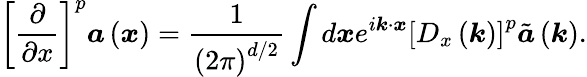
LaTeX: \left[\frac{\partial}{\partial x}\right]^{p}\boldsymbol{a}\left(\boldsymbol{x}\right)=\frac{1}{\left(2\pi\right)^{d/2}}\int d\boldsymbol{x}e^{i\boldsymbol{k}\cdot\boldsymbol{x}}\left[D_{x}\left(\boldsymbol{k}\right)\right]^{p}\tilde{\boldsymbol{a}}\left(\boldsymbol{k}\right).